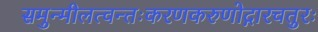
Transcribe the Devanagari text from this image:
समुन्मीलत्वन्तःकरणकरुणोद्गारचतुरः